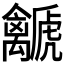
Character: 𧈛